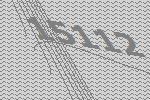
15112